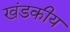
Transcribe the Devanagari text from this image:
खंडकीय